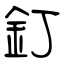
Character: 釘